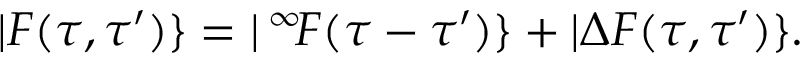
| F ( \tau , \tau ^ { \prime } ) \} = | \, ^ { \infty } \! F ( \tau - \tau ^ { \prime } ) \} + | \Delta F ( \tau , \tau ^ { \prime } ) \} .